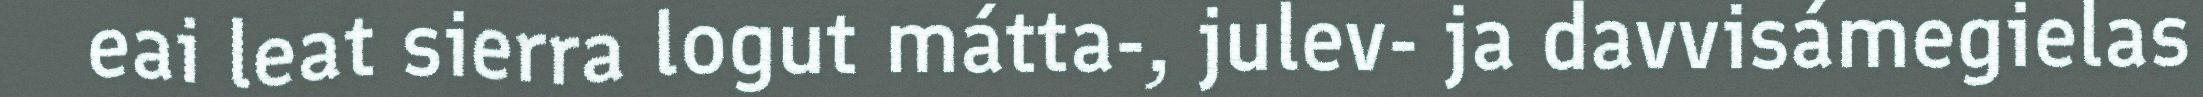
eai leat sierra logut mátta-, julev- ja davvisámegielas